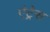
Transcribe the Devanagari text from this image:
एंट्रेस